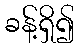
ခန့်ရှိ၍